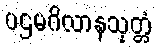
ပဌမဂိလာနသုတ္တံ